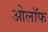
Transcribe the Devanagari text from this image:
ओलॉफ